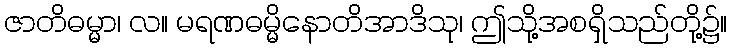
ဇာတိဓမ္မာ၊ လ။ မရဏဓမ္မိနောတိအာဒိသု၊ ဤသို့အစရှိသည်တို့၌။